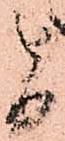
旨